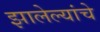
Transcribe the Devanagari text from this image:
झालेल्यांचे